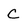
Character: C